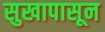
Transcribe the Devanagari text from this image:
सुखापासून